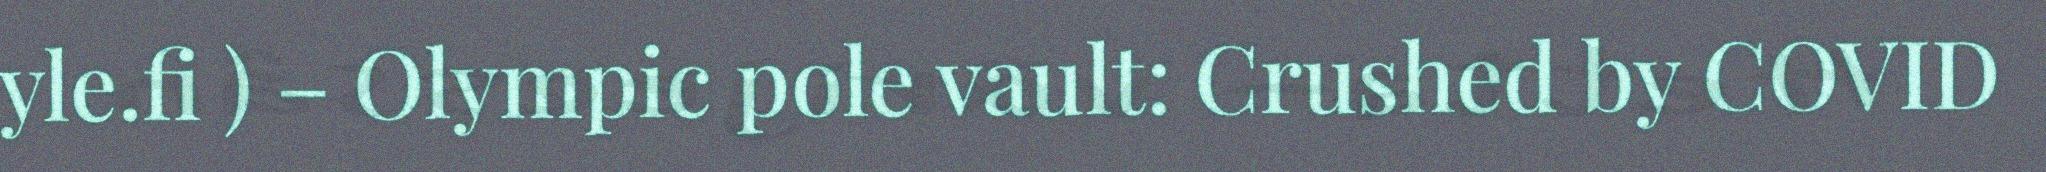
yle.fi ) – Olympic pole vault: Crushed by COVID